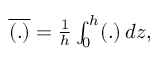
\begin{array} { r } { \overline { { ( . ) } } = \frac { 1 } { h } \int _ { 0 } ^ { h } ( . ) \, d z , } \end{array}